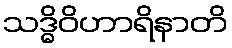
သဒ္ဓိဝိဟာရိနာတိ